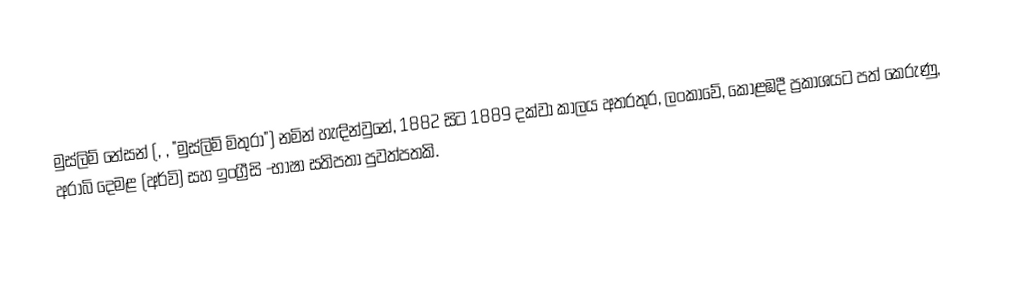
මුස්ලිම් නේසන් (, , "මුස්ලිම් මිතුරා") නමින් හැඳින්වුනේ, 1882 සිට 1889 දක්වා කාලය අතරතුර,  ලංකාවේ,   කොළඹදී ප්‍රකාශයට පත් කෙරුණු, අරාබි දෙමළ (අර්වි) සහ ඉංග්‍රීසි -භාෂා සතිපතා පුවත්පතකි.